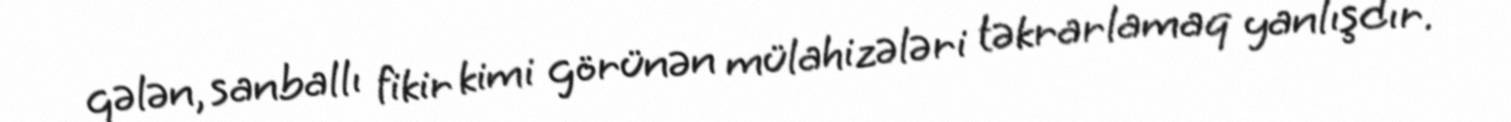
gələn, sanballı fikir kimi görünən mülahizələri təkrarlamaq yanlışdır.